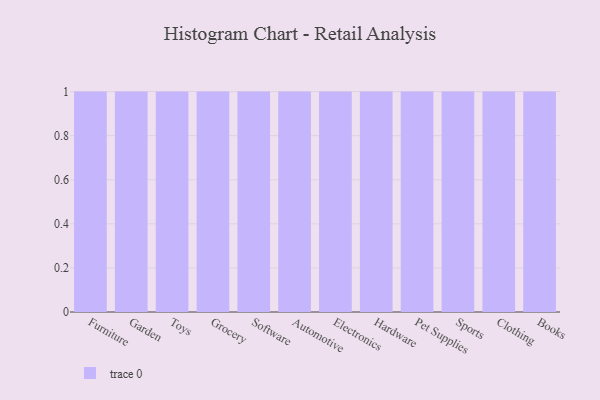
{"axis": {"x": "Category", "y": "Latency (ms)"}, "legend": [""], "data": [{"x": "Furniture", "y": 49, "type": ""}, {"x": "Garden", "y": 57, "type": ""}, {"x": "Toys", "y": 68, "type": ""}, {"x": "Grocery", "y": 20, "type": ""}, {"x": "Software", "y": 94, "type": ""}, {"x": "Automotive", "y": 78, "type": ""}, {"x": "Electronics", "y": 38, "type": ""}, {"x": "Hardware", "y": 87, "type": ""}, {"x": "Pet Supplies", "y": 78, "type": ""}, {"x": "Sports", "y": 45, "type": ""}, {"x": "Clothing", "y": 26, "type": ""}, {"x": "Books", "y": 64, "type": ""}]}